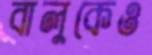
বালুকেও